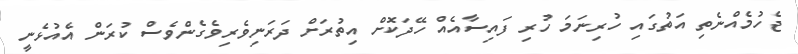
ޖެހުމެއްނެތި އަތުގައި ހުރިނަމަ ހުރި ފައިސާއެއް ހޭދަކޮށް އިތުރަށް ދަރަނިވެރިވެގެންވެސް ކުރަން އެއުޅެނީ